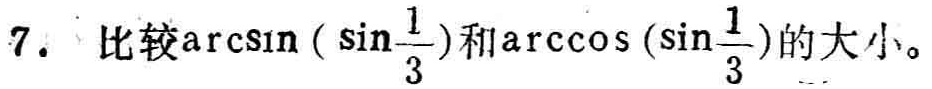
7. 比较\(\arcsin(\sin\frac{1}{3})\)和\(\arccos(\sin\frac{1}{3})\)的大小。